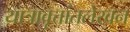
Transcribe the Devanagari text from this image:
यात्रावृत्तांतलेखन